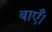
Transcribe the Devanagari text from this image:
बाएँ।